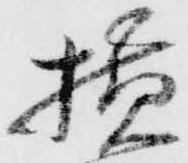
横